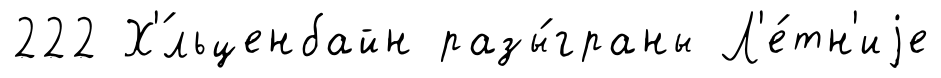
222 Х'́льценбайн разы́граны Л'е́тн'иjе